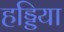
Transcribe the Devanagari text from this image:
हड्डिया